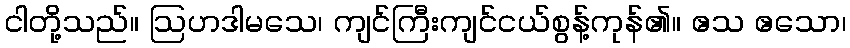
ငါတို့သည်။ ဩဟဒါမသေ၊ ကျင်ကြီးကျင်ငယ်စွန့်ကုန်၏။ ဧသ ဧသော၊